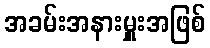
အခမ်းအနားမှူးအဖြစ်